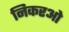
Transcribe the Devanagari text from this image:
निकरओ